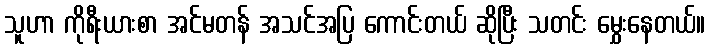
သူဟာ ကိုရီးယားစာ အင်မတန် အသင်အပြ ကောင်းတယ် ဆိုပြီး သတင်း မွှေးနေတယ်။